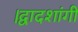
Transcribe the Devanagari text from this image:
।द्वादशांगी